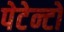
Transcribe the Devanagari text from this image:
पेटेन्टों